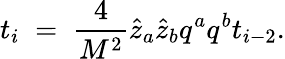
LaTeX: t_{i}\; =\; {\frac{4}{M^{2}}}\hat{z}_{a}\hat{z}_{b}q^{a}q^{b}t_{i-2}.